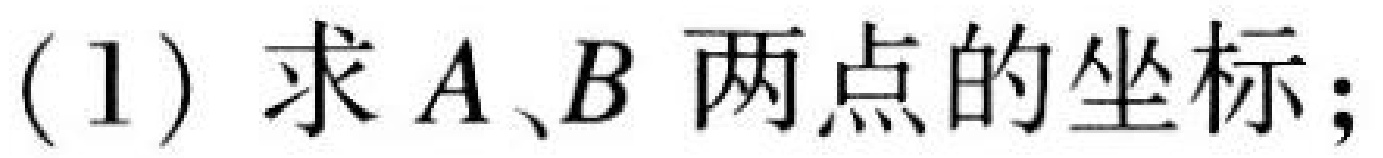
(1) 求 \(A、B\) 两点的坐标；